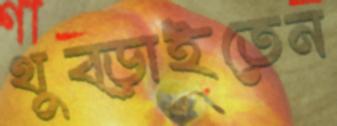
থুব্‌ড়াইতেন